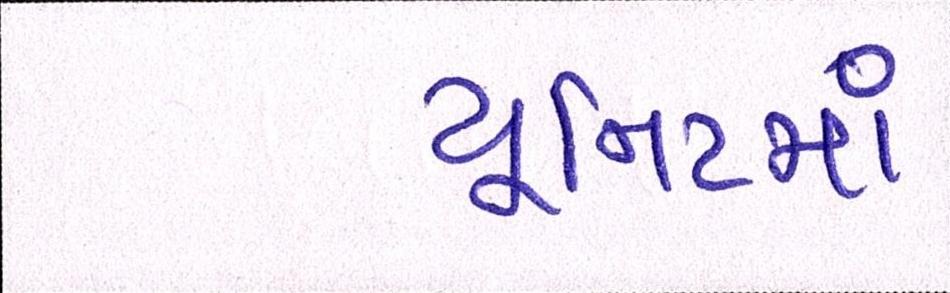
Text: યૂનિટમાં